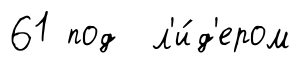
61 под л'и́д'ером